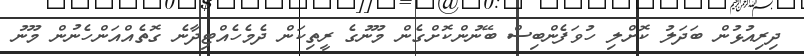
ދިރިއުޅުން ބަދަލު ކޮށްލި ހުވަފެންބިސް ބޭނުންކޮށްގެން މޫނުގެ ރީތިކަން ދެމެހެއްޓިދާނެ ގޮތެއްއަންހެނުން މޫނު